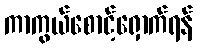
ကာကွယ်စောင့်ရှောက်ရန်